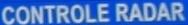
CONTROLE RADAR